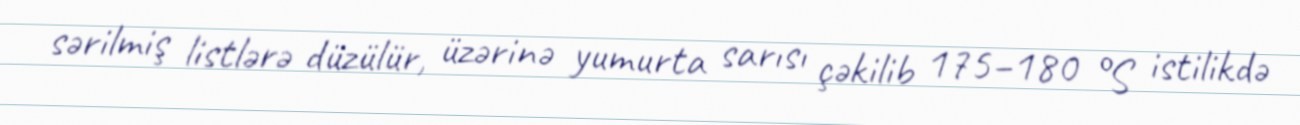
sərilmiş listlərə düzülür, üzərinə yumurta sarısı çəkilib 175–180 °S istilikdə